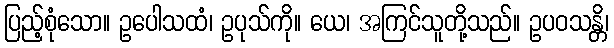
ပြည့်စုံသော။ ဥပေါသထံ၊ ဥပုသ်ကို။ ယေ၊ အကြင်သူတို့သည်။ ဥပဝသန္တိ၊